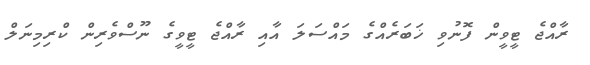
ރާއްޖެ ޓީވީން ފޮނުވި ޚަބަރެއްގެ މައްސަލަ އާއި ރާއްޖެ ޓީވީގެ ނޫސްވެރިން ކްރިމިނަލް